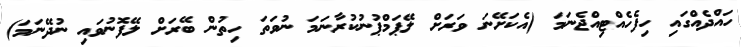
ހައްދެއްގައި ހިފެހެއްޓިއްޖެނަމަ (އެކަށޭނަ ވަރަށް ލޭޕަމްޕުނުކުރާނަމަ ނުވަތަ ހިތުން ބޭރަށް ލޭފޮނުވައި ނުދޭނަމަ)